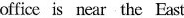
office is near the East